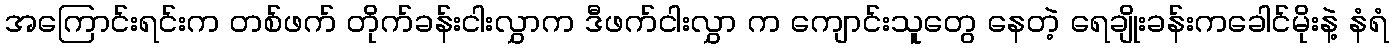
အကြောင်းရင်းက တစ်ဖက် တိုက်ခန်းငါးလွှာက ဒီဖက်ငါးလွှာ က ကျောင်းသူတွေ နေတဲ့ ရေချိုးခန်းကခေါင်မိုးနဲ့ နံရံ